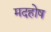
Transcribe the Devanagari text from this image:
मदहोष